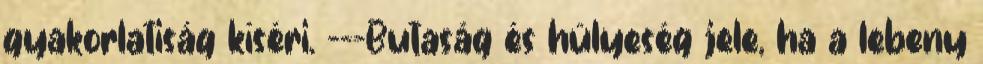
gyakorlatiság kíséri. ---Butaság és hülyeség jele, ha a lebeny